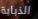
الذبابة